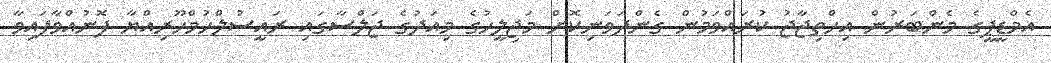
އެމްޑީޕީގެ މެންބަރުން އިހްތިޖާޖު ކުރައްވަމުން ގެންދަވަނިކޮށް މަޖިލީހުގެ މިއަދުގެ ޖަލްސާގައި ރައީސުލްހުމްހޫރިއްޔާ ފޮނުއްވާފައިވާ